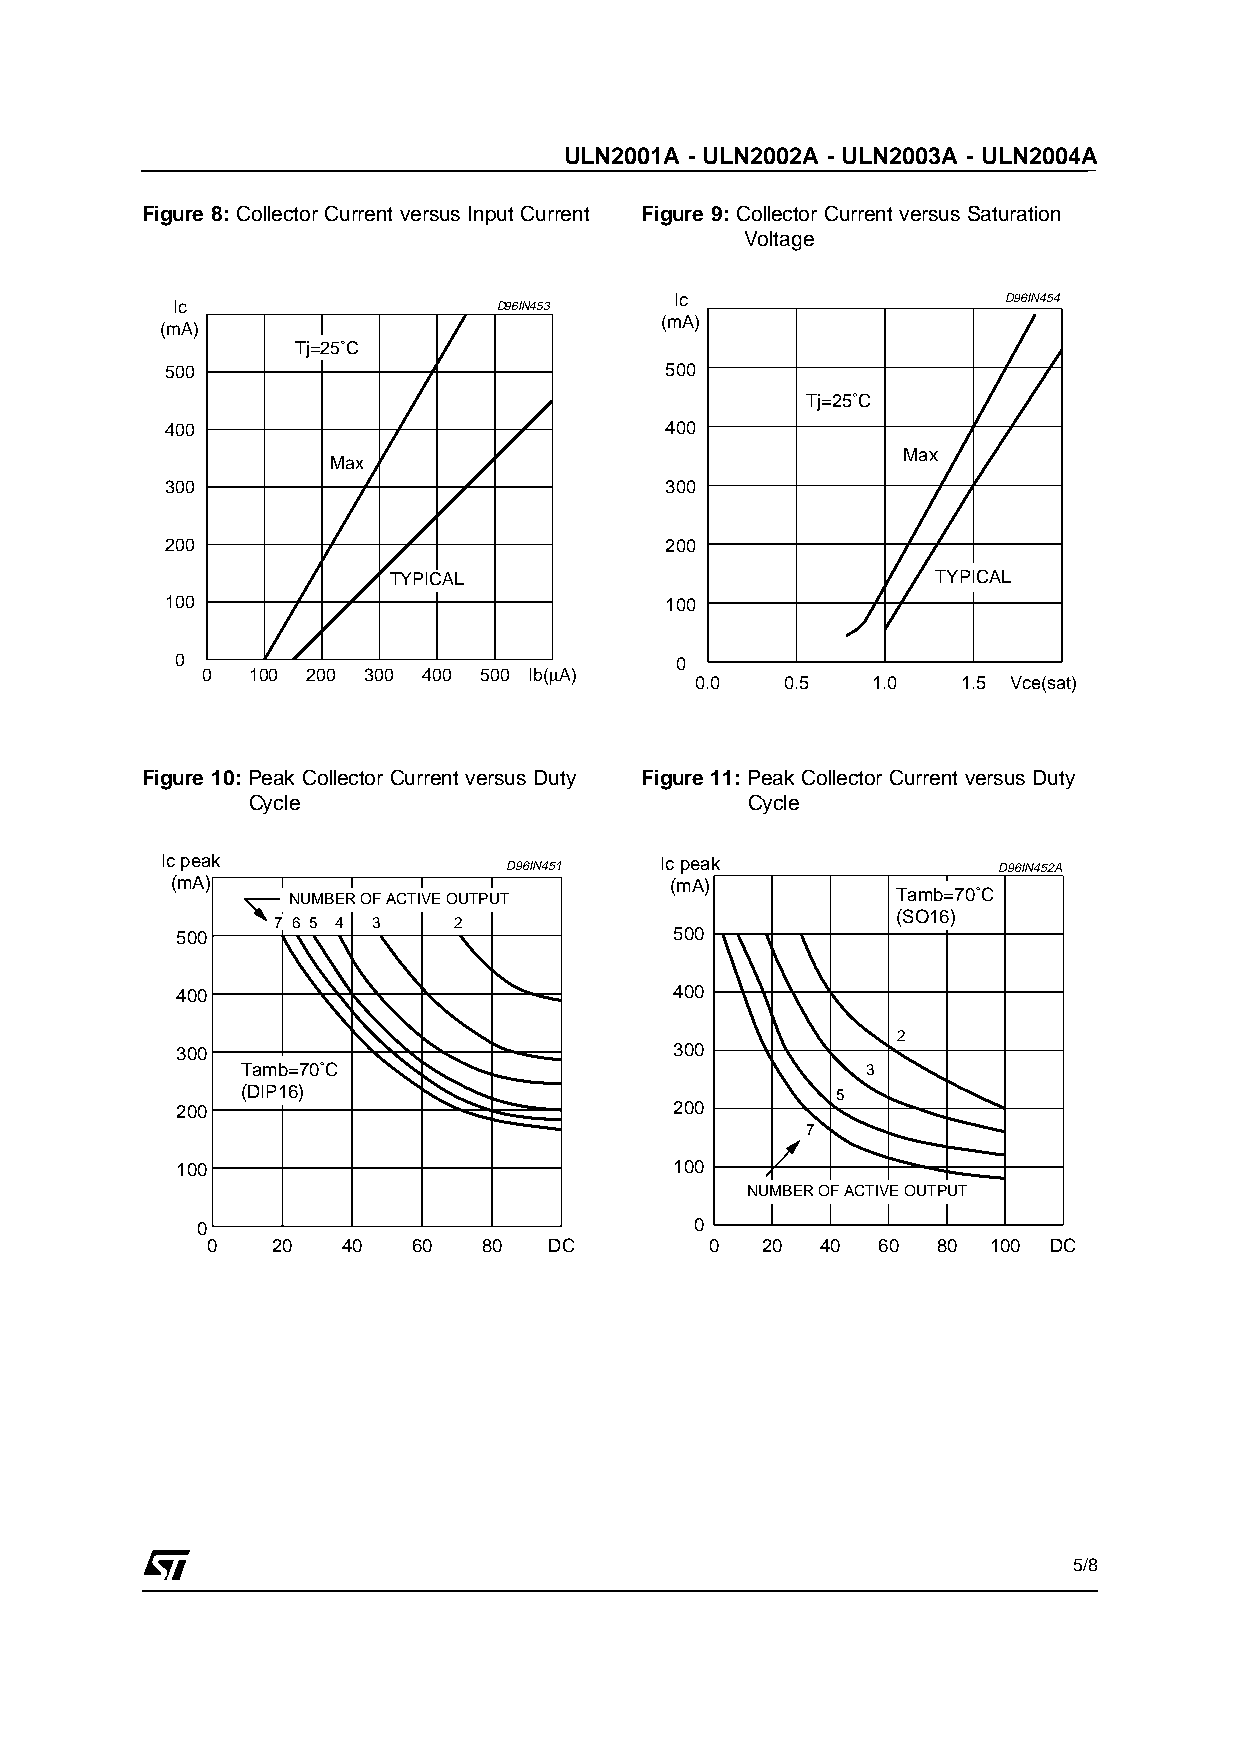
ULN2001A - ULN2002A - ULN2003A - ULN2004A
 Figure 8: Collector Current versus Input Current Figure 9: Collector Current versus Saturation
 Voltage
 Ic                    D96IN454
 Ic                    D96IN453
 (mA)
 (mA)
 Tj=25˚C
 500                              500
 Tj=25˚C
 400                              400
 Max
 Max
 300                              300
 200                              200
 TYPICAL                             TYPICAL
 100                              100
 0                                0
 0   100 200 300 400 500 Ib(m A)
 0.0   0.5   1.0   1.5 Vce(sat)
 Figure 10: Peak Collector Current versus Duty Figure 11: Peak Collector Current versus Duty
 Cycle                            Cycle
 Ic peak               D96IN451   Ic peak               D96IN452A
 (mA)                             (mA)
 NUMBER OF ACTIVE OUTPUT                 Tamb=70˚C
 (SO16)
 7 6 5 4 3   2
 500                              500
 400                              400
 2
 300                              300
 Tamb=70˚C                                3
 (DIP16)                                5
 200                              200
 7
 100                              100
 NUMBER OF ACTIVE OUTPUT
 0                                0
 0   20   40  60   80  DC         0  20  40  60  80  100 DC
 5/8